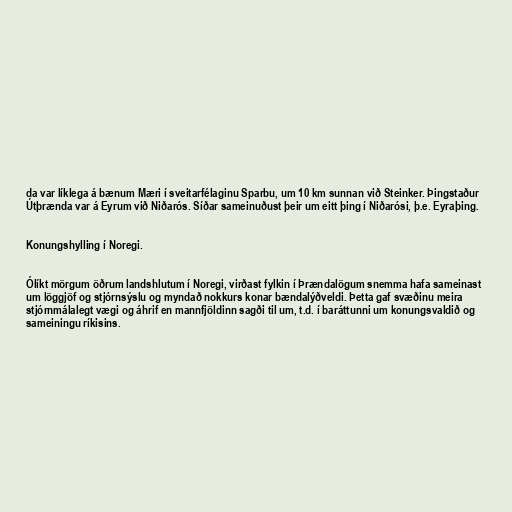
da var líklega á bænum Mæri í sveitarfélaginu Sparbu, um 10 km sunnan við Steinker. Þingstaður
Útþrænda var á Eyrum við Niðarós. Síðar sameinuðust þeir um eitt þing í Niðarósi, þ.e. Eyraþing.

Konungshylling í Noregi.

Ólíkt mörgum öðrum landshlutum í Noregi, virðast fylkin í Þrændalögum snemma hafa sameinast
um löggjöf og stjórnsýslu og myndað nokkurs konar bændalýðveldi. Þetta gaf svæðinu meira
stjórnmálalegt vægi og áhrif en mannfjöldinn sagði til um, t.d. í baráttunni um konungsvaldið og
sameiningu ríkisins.